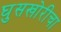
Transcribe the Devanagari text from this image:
घुसखोरीचा